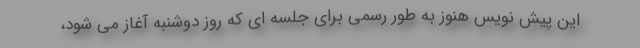
این پیش نویس هنوز به طور رسمی برای جلسه ای که روز دوشنبه آغاز می شود،